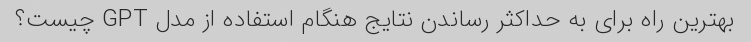
بهترین راه برای به حداکثر رساندن نتایج هنگام استفاده از مدل GPT چیست؟